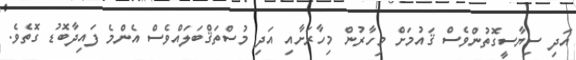
އަދި ސިޔާސީގޮތުންވެސް ޤައުމަށް މިހާރުން މިހާރަށާއި އަދި މުސްތަޤްބަލައްވެސް އެންމެ ފައިދާބޮޑު ގޮތެވެ.